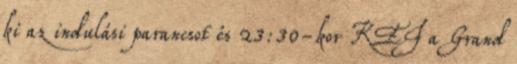
ki az indulási parancsot és 23:30-kor KEI a Grand